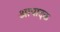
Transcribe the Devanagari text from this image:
आपादक